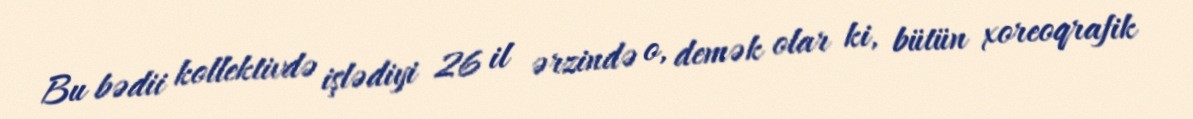
Bu bədii kollektivdə işlədiyi 26 il ərzində o, demək olar ki, bütün xoreoqrafik